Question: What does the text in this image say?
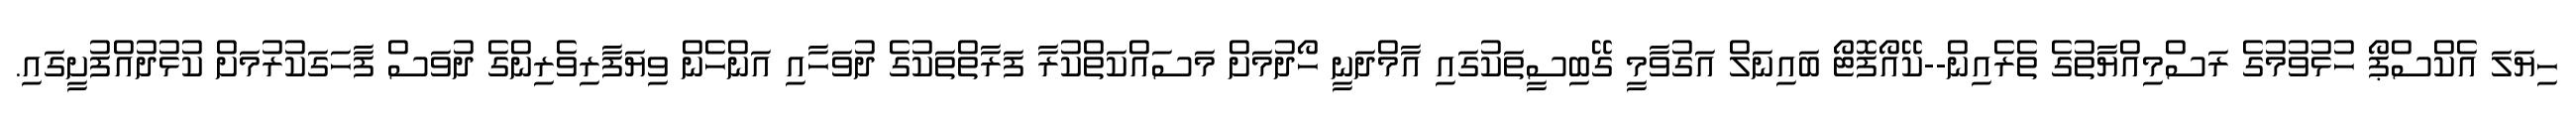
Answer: ހިޔަލަ އެކްސްޕޯ ހުޅުވުމުގެ ރަސްމިއްޔާތުގެ ތެރެއިން--ކޭއޯފޮޓޯ ބައިނަލް އަގުވާމީ ގޭބިސީތަކުގައި އާމްދަނީ ހޯދުމަށް މަސައްކަތްކުރާ ފަރާތްތަކުގެ ދުވަހާއި އަންހެން ވިޔަފާރިވެރިންގެ ދުވަސް ފާހަގަކުރުމަށް ކުޅުދުއްފުށީގައި.